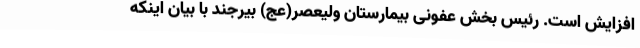
افزایش است. رئیس بخش عفونی بیمارستان ولیعصر(عج) بیرجند با بیان اینکه